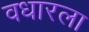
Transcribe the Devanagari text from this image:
वधारला